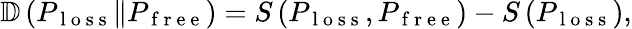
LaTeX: \begin{array}{r}{\mathbb{D}\left(P_{\mathrm{~l~o~s~s~}}\Vert P_{\mathrm{~f~r~e~e~}}\right)=S\left(P_{\mathrm{~l~o~s~s~}},P_{\mathrm{~f~r~e~e~}}\right)-S\left(P_{\mathrm{~l~o~s~s~}}\right),}\end{array}